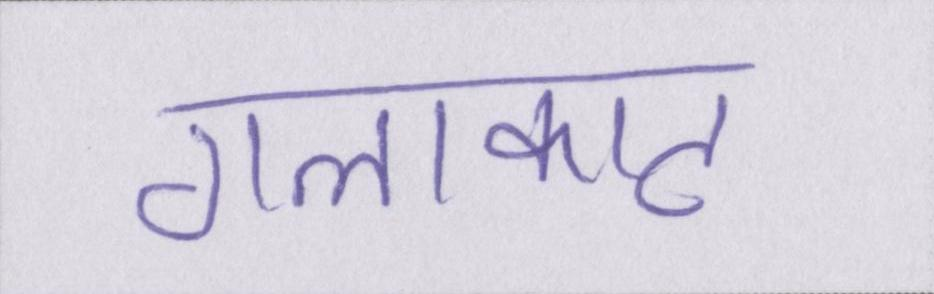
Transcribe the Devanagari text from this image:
गलाकाट